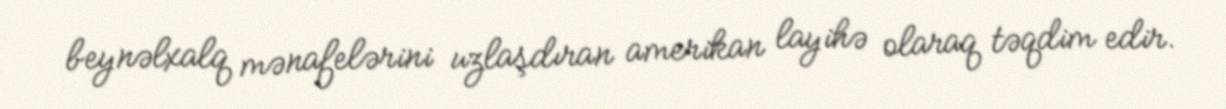
beynəlxalq mənafelərini uzlaşdıran amerikan layihə olaraq təqdim edir.